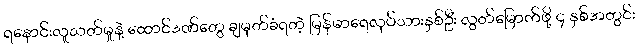
ရနောင်းလူသတ်မှုနဲ့ ထောင်ဒဏ်တွေ ချမှတ်ခံရတဲ့ မြန်မာရေလုပ်သားနှစ်ဦး လွတ်မြောက်ဖို့ ၄ နှစ်အတွင်း